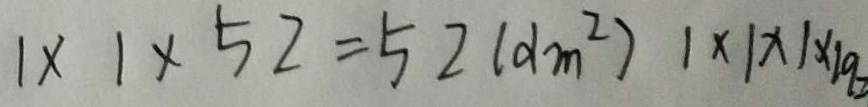
1 \times 1 \times 5 2 = 5 2 ( d m ^ { 2 } ) 1 \times 1 \times 1 \times 1 9 =